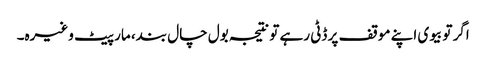
اگر تو بیوی اپنے موقف پر ڈٹی رہے تو نتیجہ بول چال بند، مار پیٹ وغیرہ۔